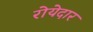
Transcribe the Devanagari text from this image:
रोयेदार